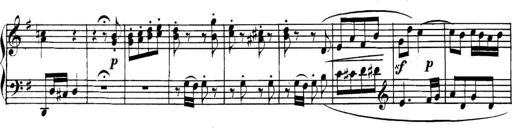
Title: Collected Piano Sonatas
Composer: Muzio Clementi